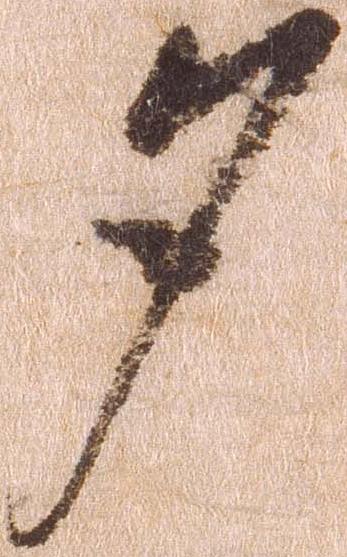
夕